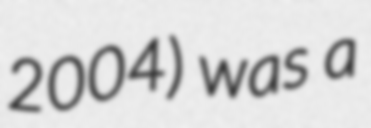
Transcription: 2004) was a